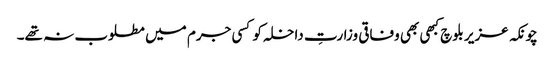
چونکہ عزیر بلوچ کبھی بھی وفاقی وزارتِ داخلہ کو کسی جرم میں مطلوب نہ تھے۔